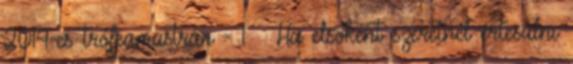
2014-es trófeamustrán - 1 → Ha elsőként szeretnél értesülni